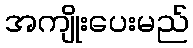
အကျိုးပေးမည်